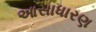
આસાધારણ